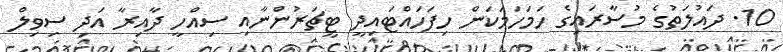
10. ދައުލަތުގެ މުސާރައިގެ ހަމަހަމަކަން ހިފަހައްޓައިދީ ޓީޗަރުންނާއި ސިއްހީ ދާއިރާ އަދި ސިވިލް